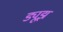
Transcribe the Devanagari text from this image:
ड्यूझ